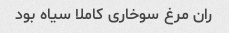
ران مرغ سوخاری کاملا سیاه بود